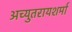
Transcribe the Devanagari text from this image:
अच्युतरायशर्मा